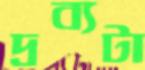
দ্রব্যটা